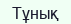
Тұнық